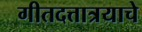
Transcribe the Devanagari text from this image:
गीतदत्तात्रयाचे